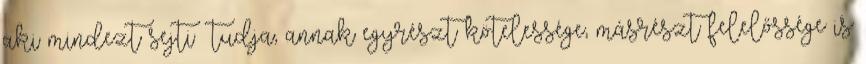
aki mindezt sejti tudja, an­nak egyrészt kötelessége, másrészt felelőssége is